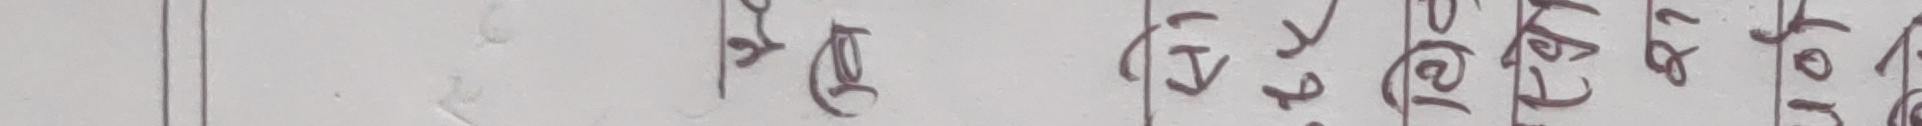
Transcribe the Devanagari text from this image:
भेटकाई जगदीनाल